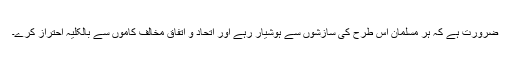
ضرورت ہے کہ ہر مسلمان اس طرح کی سازشوں سے ہوشیار رہے اور اتحاد و اتفاق مخالف کاموں سے بالکلیہ احتراز کرے۔